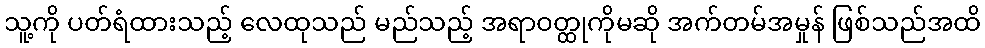
သူ့ကို ပတ်ရံထားသည့် လေထုသည် မည်သည့် အရာဝတ္ထုကိုမဆို အက်တမ်အမှုန် ဖြစ်သည်အထိ